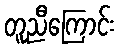
တူညီကြောင်း